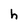
Character: h